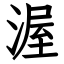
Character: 渥